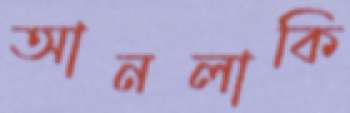
আনলাকি